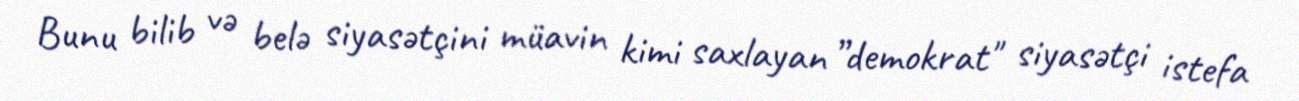
Bunu bilib və belə siyasətçini müavin kimi saxlayan ”demokrat" siyasətçi istefa